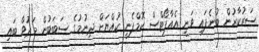
ސަރުކާރުން ބުނެފައި ވަނީ އެއާޕޯޓްސް ކޮމްޕެނީ ކުއްޔަށް ދިނުމުގެ ސަބަބުން މަދުވާ ބައި